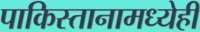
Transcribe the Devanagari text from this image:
पाकिस्तानामध्येही